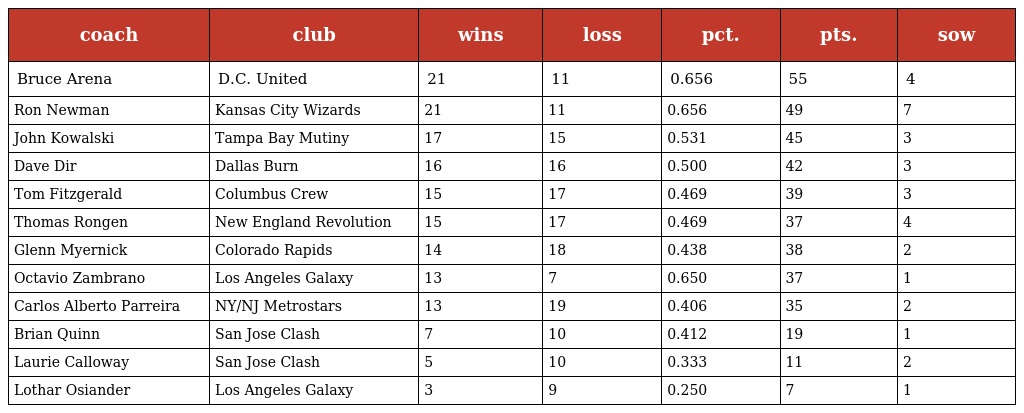
| coach | club | wins | loss | pct. | pts. | sow |
 | --- | --- | --- | --- | --- | --- | --- |
 | Bruce Arena | D.C. United | 21 | 11 | 0.656 | 55 | 4 |
 | Ron Newman | Kansas City Wizards | 21 | 11 | 0.656 | 49 | 7 |
 | John Kowalski | Tampa Bay Mutiny | 17 | 15 | 0.531 | 45 | 3 |
 | Dave Dir | Dallas Burn | 16 | 16 | 0.500 | 42 | 3 |
 | Tom Fitzgerald | Columbus Crew | 15 | 17 | 0.469 | 39 | 3 |
 | Thomas Rongen | New England Revolution | 15 | 17 | 0.469 | 37 | 4 |
 | Glenn Myernick | Colorado Rapids | 14 | 18 | 0.438 | 38 | 2 |
 | Octavio Zambrano | Los Angeles Galaxy | 13 | 7 | 0.650 | 37 | 1 |
 | Carlos Alberto Parreira | NY/NJ Metrostars | 13 | 19 | 0.406 | 35 | 2 |
 | Brian Quinn | San Jose Clash | 7 | 10 | 0.412 | 19 | 1 |
 | Laurie Calloway | San Jose Clash | 5 | 10 | 0.333 | 11 | 2 |
 | Lothar Osiander | Los Angeles Galaxy | 3 | 9 | 0.250 | 7 | 1 |